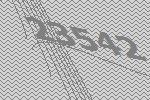
23542